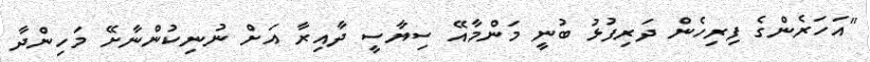
"އަހަރެންގެ ފިރިހެން ދަރިފުޅު ބުނީ މަންމާއޭ ސިޔާސީ ދާއިރާ އަށް ނުނިކުންނާށޭ މަހިންދާ